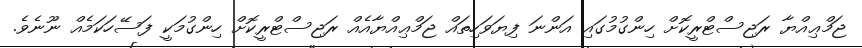
ޖަމްޢިއްޔާ ރަޖިސްޓްރީކޮށް ހިންގުމުގައި އަންނަ ފިޔަވަހިތައް ޖަމްޢިއްޔާއެއް ރަޖިސްޓްރީކޮށް ހިންގުމަކީ ފަސޭހަކަމެއް ނޫނެވެ.